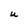
Character: U